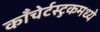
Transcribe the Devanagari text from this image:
काँचेर्टस्टुकमध्ये